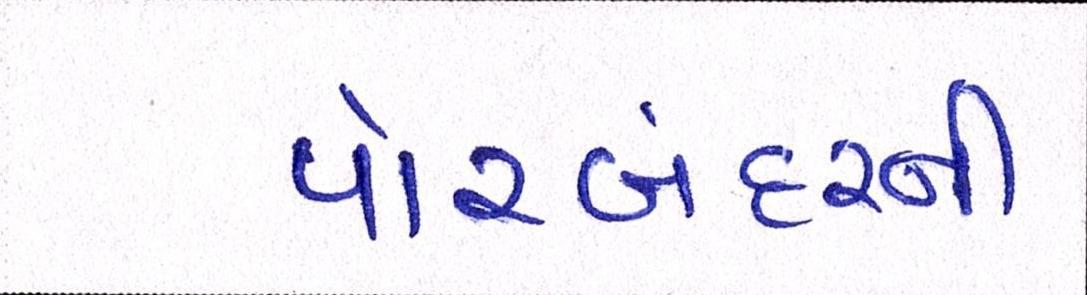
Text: પોરબંદરની